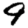
Digit: 9